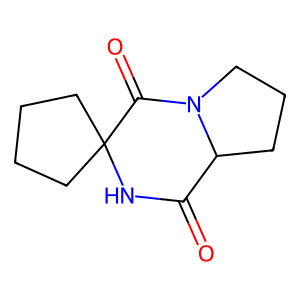
SMILES: O=C1NC2(CCCC2)C(=O)N2CCCC12
Inhibits HIV replication: No